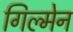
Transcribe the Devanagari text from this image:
गिल्मेन